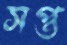
সপ্ত